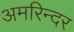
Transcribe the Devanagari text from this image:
अमरिन्दर